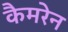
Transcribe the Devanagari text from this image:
कैमरेन